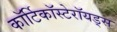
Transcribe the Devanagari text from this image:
कॉर्टिकॉस्टेरॉयड्स